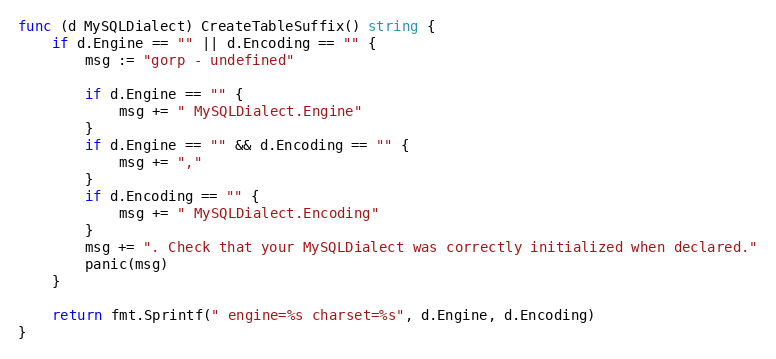
Language: Go
func (d MySQLDialect) CreateTableSuffix() string {
	if d.Engine == "" || d.Encoding == "" {
		msg := "gorp - undefined"

		if d.Engine == "" {
			msg += " MySQLDialect.Engine"
		}
		if d.Engine == "" && d.Encoding == "" {
			msg += ","
		}
		if d.Encoding == "" {
			msg += " MySQLDialect.Encoding"
		}
		msg += ". Check that your MySQLDialect was correctly initialized when declared."
		panic(msg)
	}

	return fmt.Sprintf(" engine=%s charset=%s", d.Engine, d.Encoding)
}